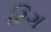
રિગ